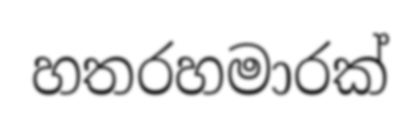
හතරහමාරක්